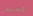
وسيبقى